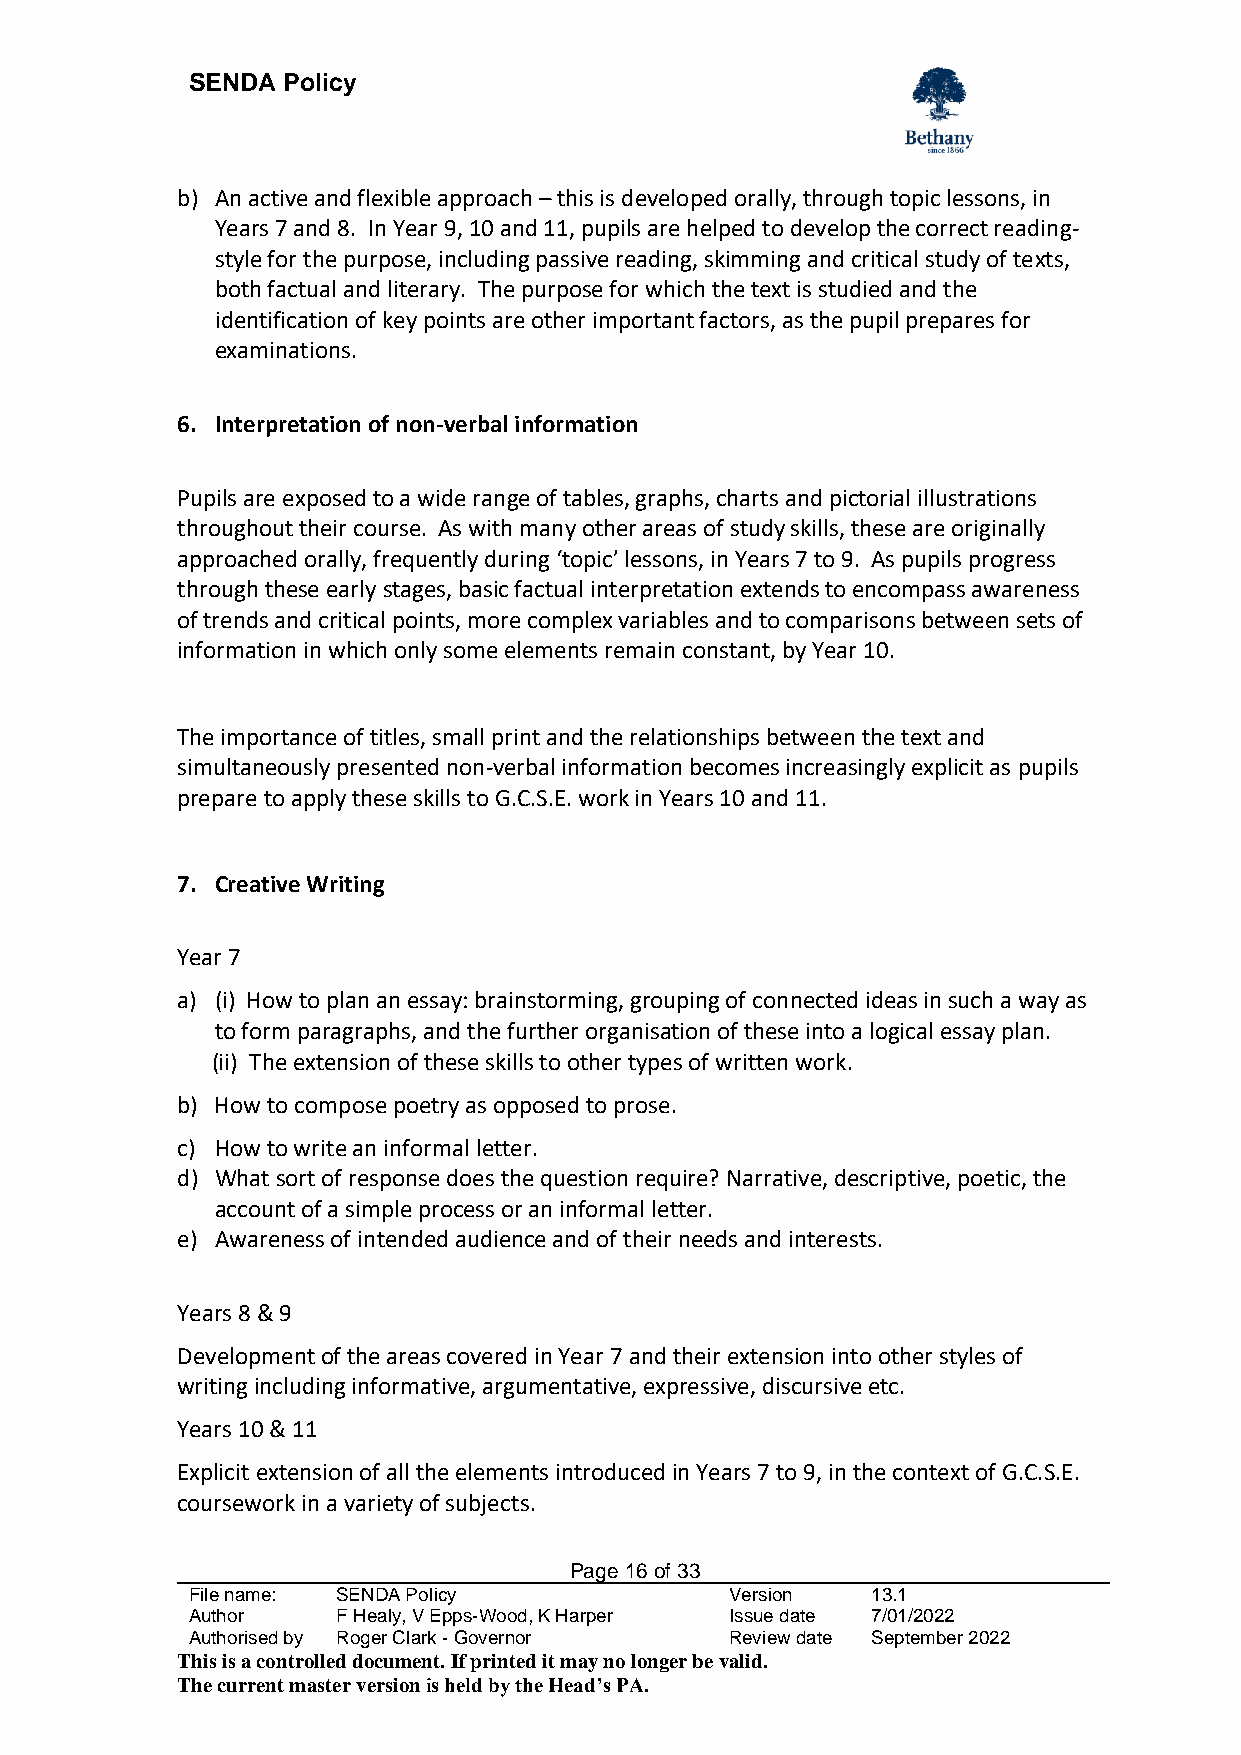
SENDA  Policy
 b) An active and flexible approach – this is developed orally, through topic lessons, in
 Years 7 and 8. In Year 9, 10 and 11, pupils are helped to develop the correct reading-
 style for the purpose, including passive reading, skimming and critical study of texts,
 both factual and literary. The purpose for which the text is studied and the
 identification of key points are other important factors, as the pupil prepares for
 examinations.
 6. Interpretation of non-verbal information
 Pupils are exposed to a wide range of tables, graphs, charts and pictorial illustrations
 throughout their course. As with many other areas of study skills, these are originally
 approached orally, frequently during ‘topic’ lessons, in Years 7 to 9. As pupils progress
 through these early stages, basic factual interpretation extends to encompass awareness
 of trends and critical points, more complex variables and to comparisons between sets of
 information in which only some elements remain constant, by Year 10.
 The importance of titles, small print and the relationships between the text and
 simultaneously presented non-verbal information becomes increasingly explicit as pupils
 prepare to apply these skills to G.C.S.E. work in Years 10 and 11.
 7. Creative Writing
 Year 7
 a) (i) How to plan an essay: brainstorming, grouping of connected ideas in such a way as
 to form paragraphs, and the further organisation of these into a logical essay plan.
 (ii) The extension of these skills to other types of written work.
 b) How to compose poetry as opposed to prose.
 c) How to write an informal letter.
 d) What sort of response does the question require? Narrative, descriptive, poetic, the
 account of a simple process or an informal letter.
 e) Awareness of intended audience and of their needs and interests.
 Years 8 & 9
 Development of the areas covered in Year 7 and their extension into other styles of
 writing including informative, argumentative, expressive, discursive etc.
 Years 10 & 11
 Explicit extension of all the elements introduced in Years 7 to 9, in the context of G.C.S.E.
 coursework in a variety of subjects.
 Page 16 of 33
 File name: SENDA Policy             Version   13.1
 Author    F Healy, V Epps-Wood, K Harper Issue date 7/01/2022
 Authorised by Roger Clark - Governor Review date September 2022
 This is a controlled document. If printed it may no longer be valid.
 The current master version is held by the Head’s PA.